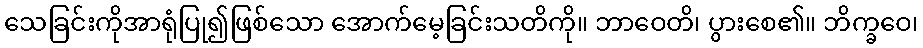
သေခြင်းကိုအာရုံပြု၍ဖြစ်သော အောက်မေ့ခြင်းသတိကို။ ဘာဝေတိ၊ ပွားစေ၏။ ဘိက္ခဝေ၊